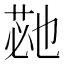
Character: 𮏡